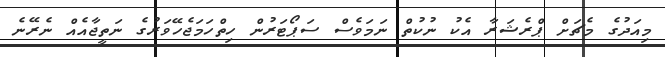
މިއަދުގެ މެޗަށް ޕްރެޝަރާ އެކު ނުކުތް ނަމަވެސް ސަޕޯޓަރުން ހިތްހަމަޖެހޭވަރުގެ ނަތީޖާއެއް ނެރޭނެ